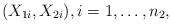
LaTeX: \begin{align*} (X_{1i}, X_{2i}), i = 1, \dots, n_2,\end{align*}